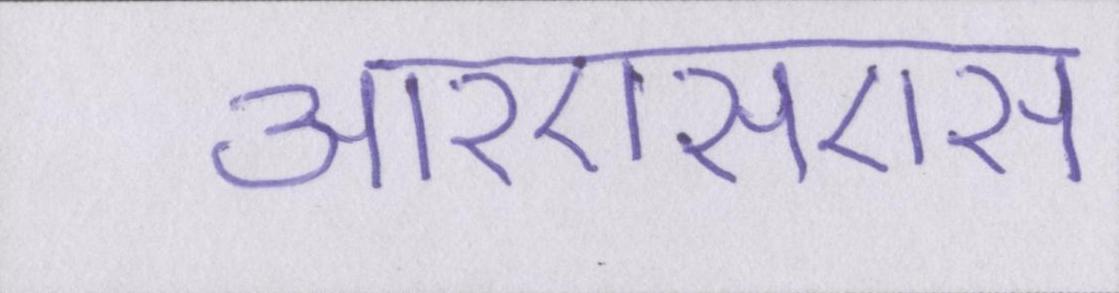
आरएसएस